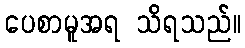
ပေစာမူအရ သိရသည်။